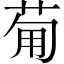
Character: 𤰈